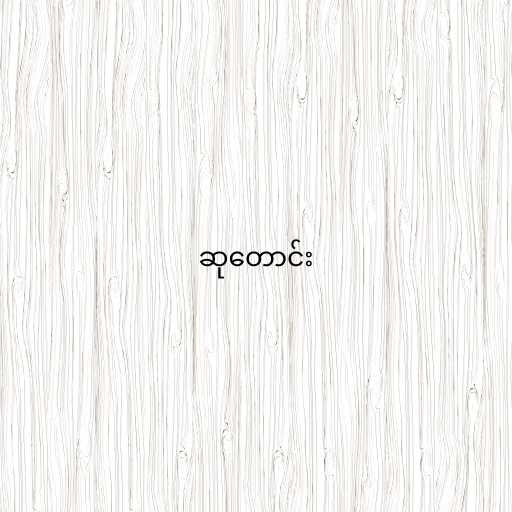
ဆုတောင်း